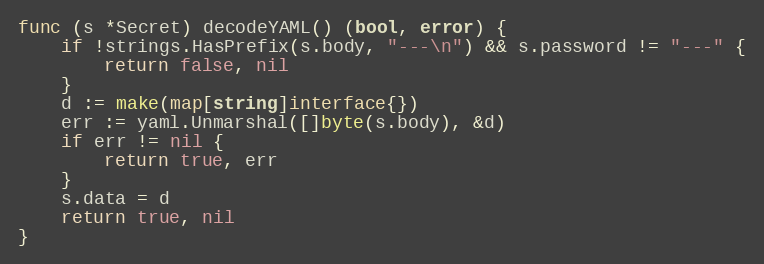
Language: Go
func (s *Secret) decodeYAML() (bool, error) {
	if !strings.HasPrefix(s.body, "---\n") && s.password != "---" {
		return false, nil
	}
	d := make(map[string]interface{})
	err := yaml.Unmarshal([]byte(s.body), &d)
	if err != nil {
		return true, err
	}
	s.data = d
	return true, nil
}